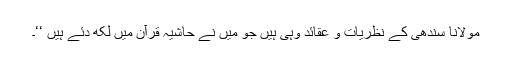
مولانا سندھی کے نظریات و عقائد وہی ہیں جو میں نے حاشیہ قرآن میں لکھ دئے ہیں ‘‘۔